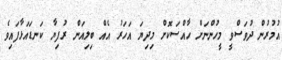
އުމުރުން ދުވަސްވީ މީހުންނަށް ހާއްސަކޮށް މިދިޔަ އަހަރު އެއް ބިލިއަން ރުފިޔާ ކަނޑައަޅާފައިވެ